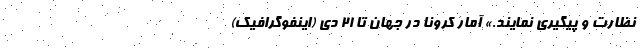
نظارت و پیگیری نمایند.» آمار کرونا در جهان تا ۲۱ دی (اینفوگرافیک)